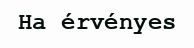
Ha érvényes